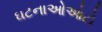
ઘટનાઓઓટો